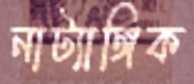
নাট্যাঙ্গিক